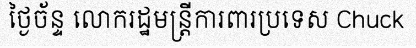
ថ្ងៃច័ន្ទ លោករដ្ឋមន្ត្រីការពារប្រទេស Chuck